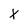
Character: x